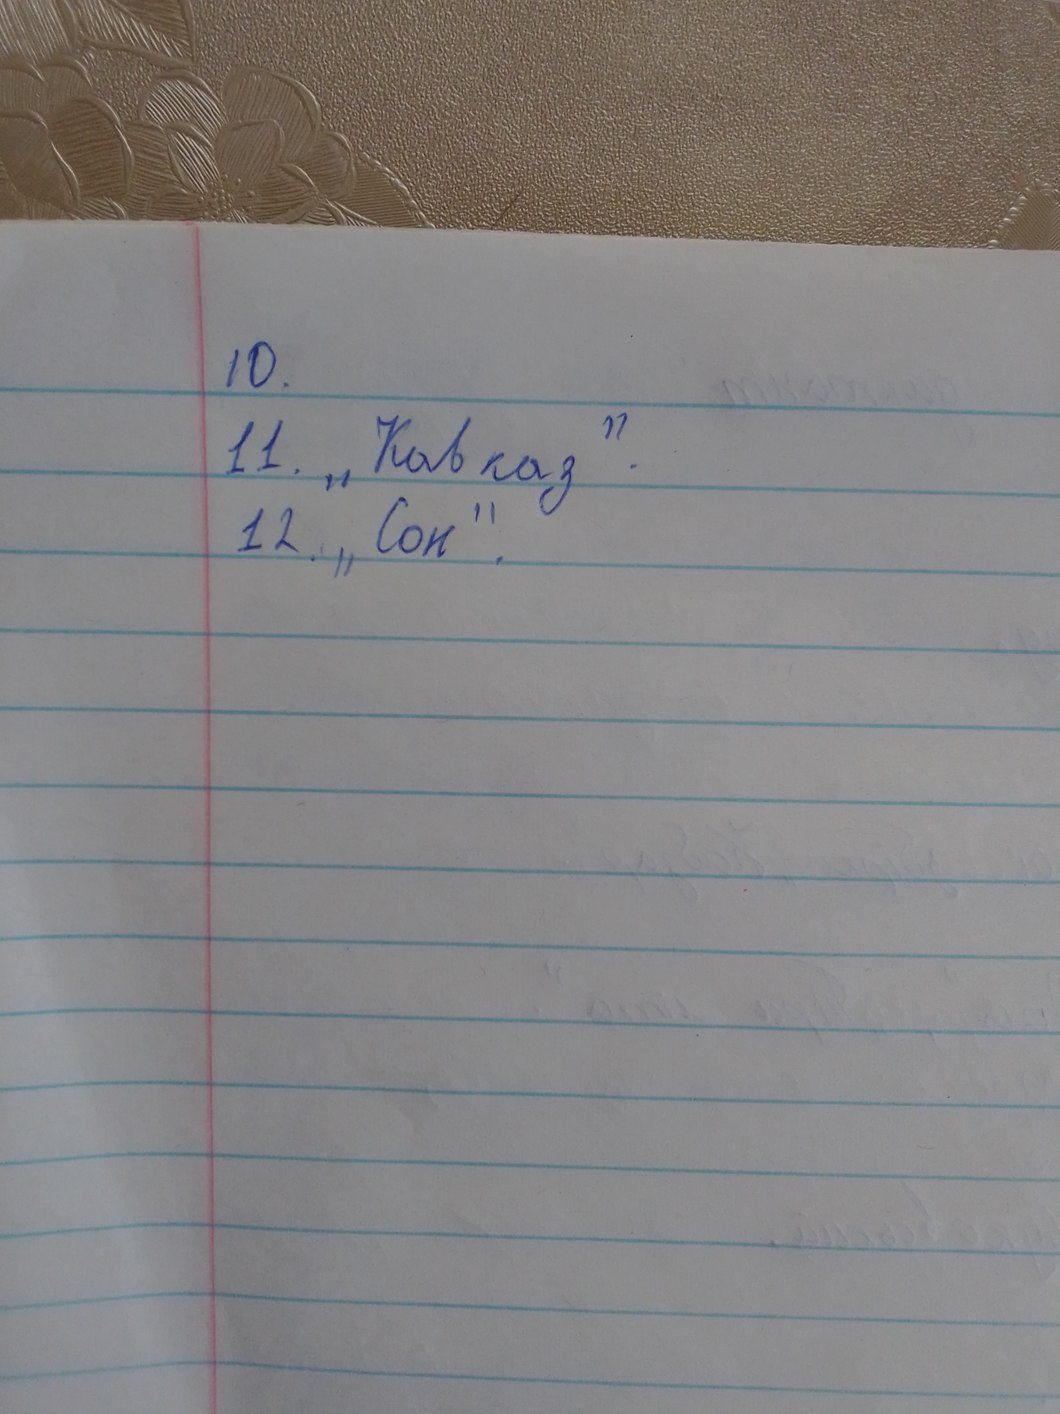
10.
11. „Кавказ".
12. „Сон".